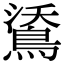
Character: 𪁕